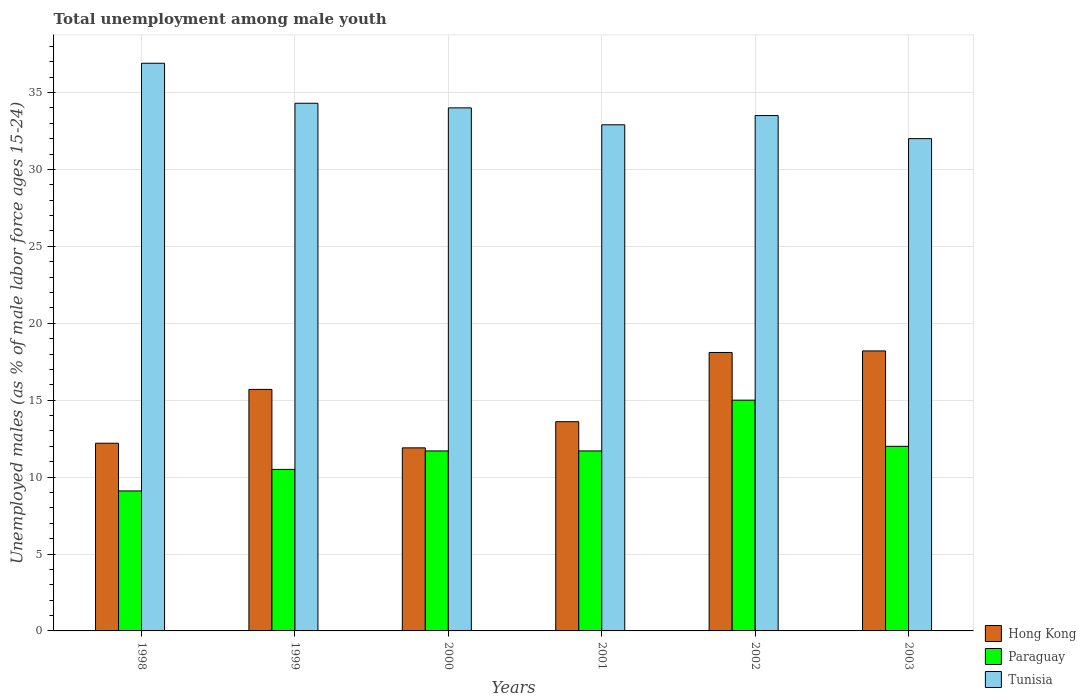
| Years | Hong Kong | Paraguay | Tunisia |
 | --- | --- | --- | --- |
 | 1998 | 12.2 | 9.1 | 36.9 |
 | 1999 | 15.7 | 10.5 | 34.3 |
 | 2000 | 11.9 | 11.7 | 34 |
 | 2001 | 13.6 | 11.7 | 32.9 |
 | 2002 | 18.1 | 15 | 33.5 |
 | 2003 | 18.2 | 12 | 32 |